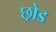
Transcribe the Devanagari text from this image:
छ़ोड